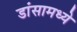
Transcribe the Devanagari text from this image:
डांसामध्ये